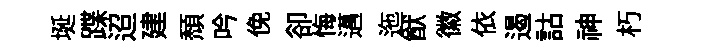
埏蹀迢建頹吟俛卻悔邁迤猷徽依遏詁神朽